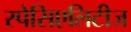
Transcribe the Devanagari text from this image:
स्पेसिएलिटीज